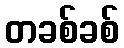
တခစ်ခစ်